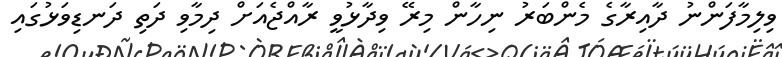
ވިލިމާފަންނު ދާއިރާގެ މެންބަރު ނިހާން މިރޭ ވިދާޅުވީ ރާއްޖެއަށް ދިމާވި ދަތި ދަނޑިވަޅުގައި